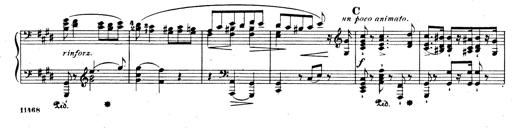
Title: Rhapsodie espagnole
Composer: Franz Liszt